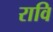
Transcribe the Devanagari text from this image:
रावि